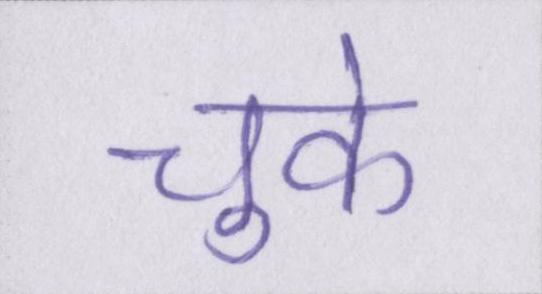
चुके